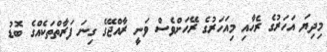
މިދިޔަ އަހަރުގެ ރެހާއި މިއަހަރުގެ ރޭހަށްވެސް ވަނީ ރާއްޖޭގެ ގިނަ ފަރާތްތަކެއްގެ ބޮޑު